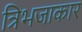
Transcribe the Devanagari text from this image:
त्रिभजाकार